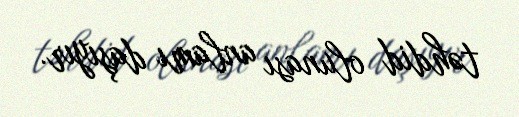
təhdid olunası anlamı daşıyır.